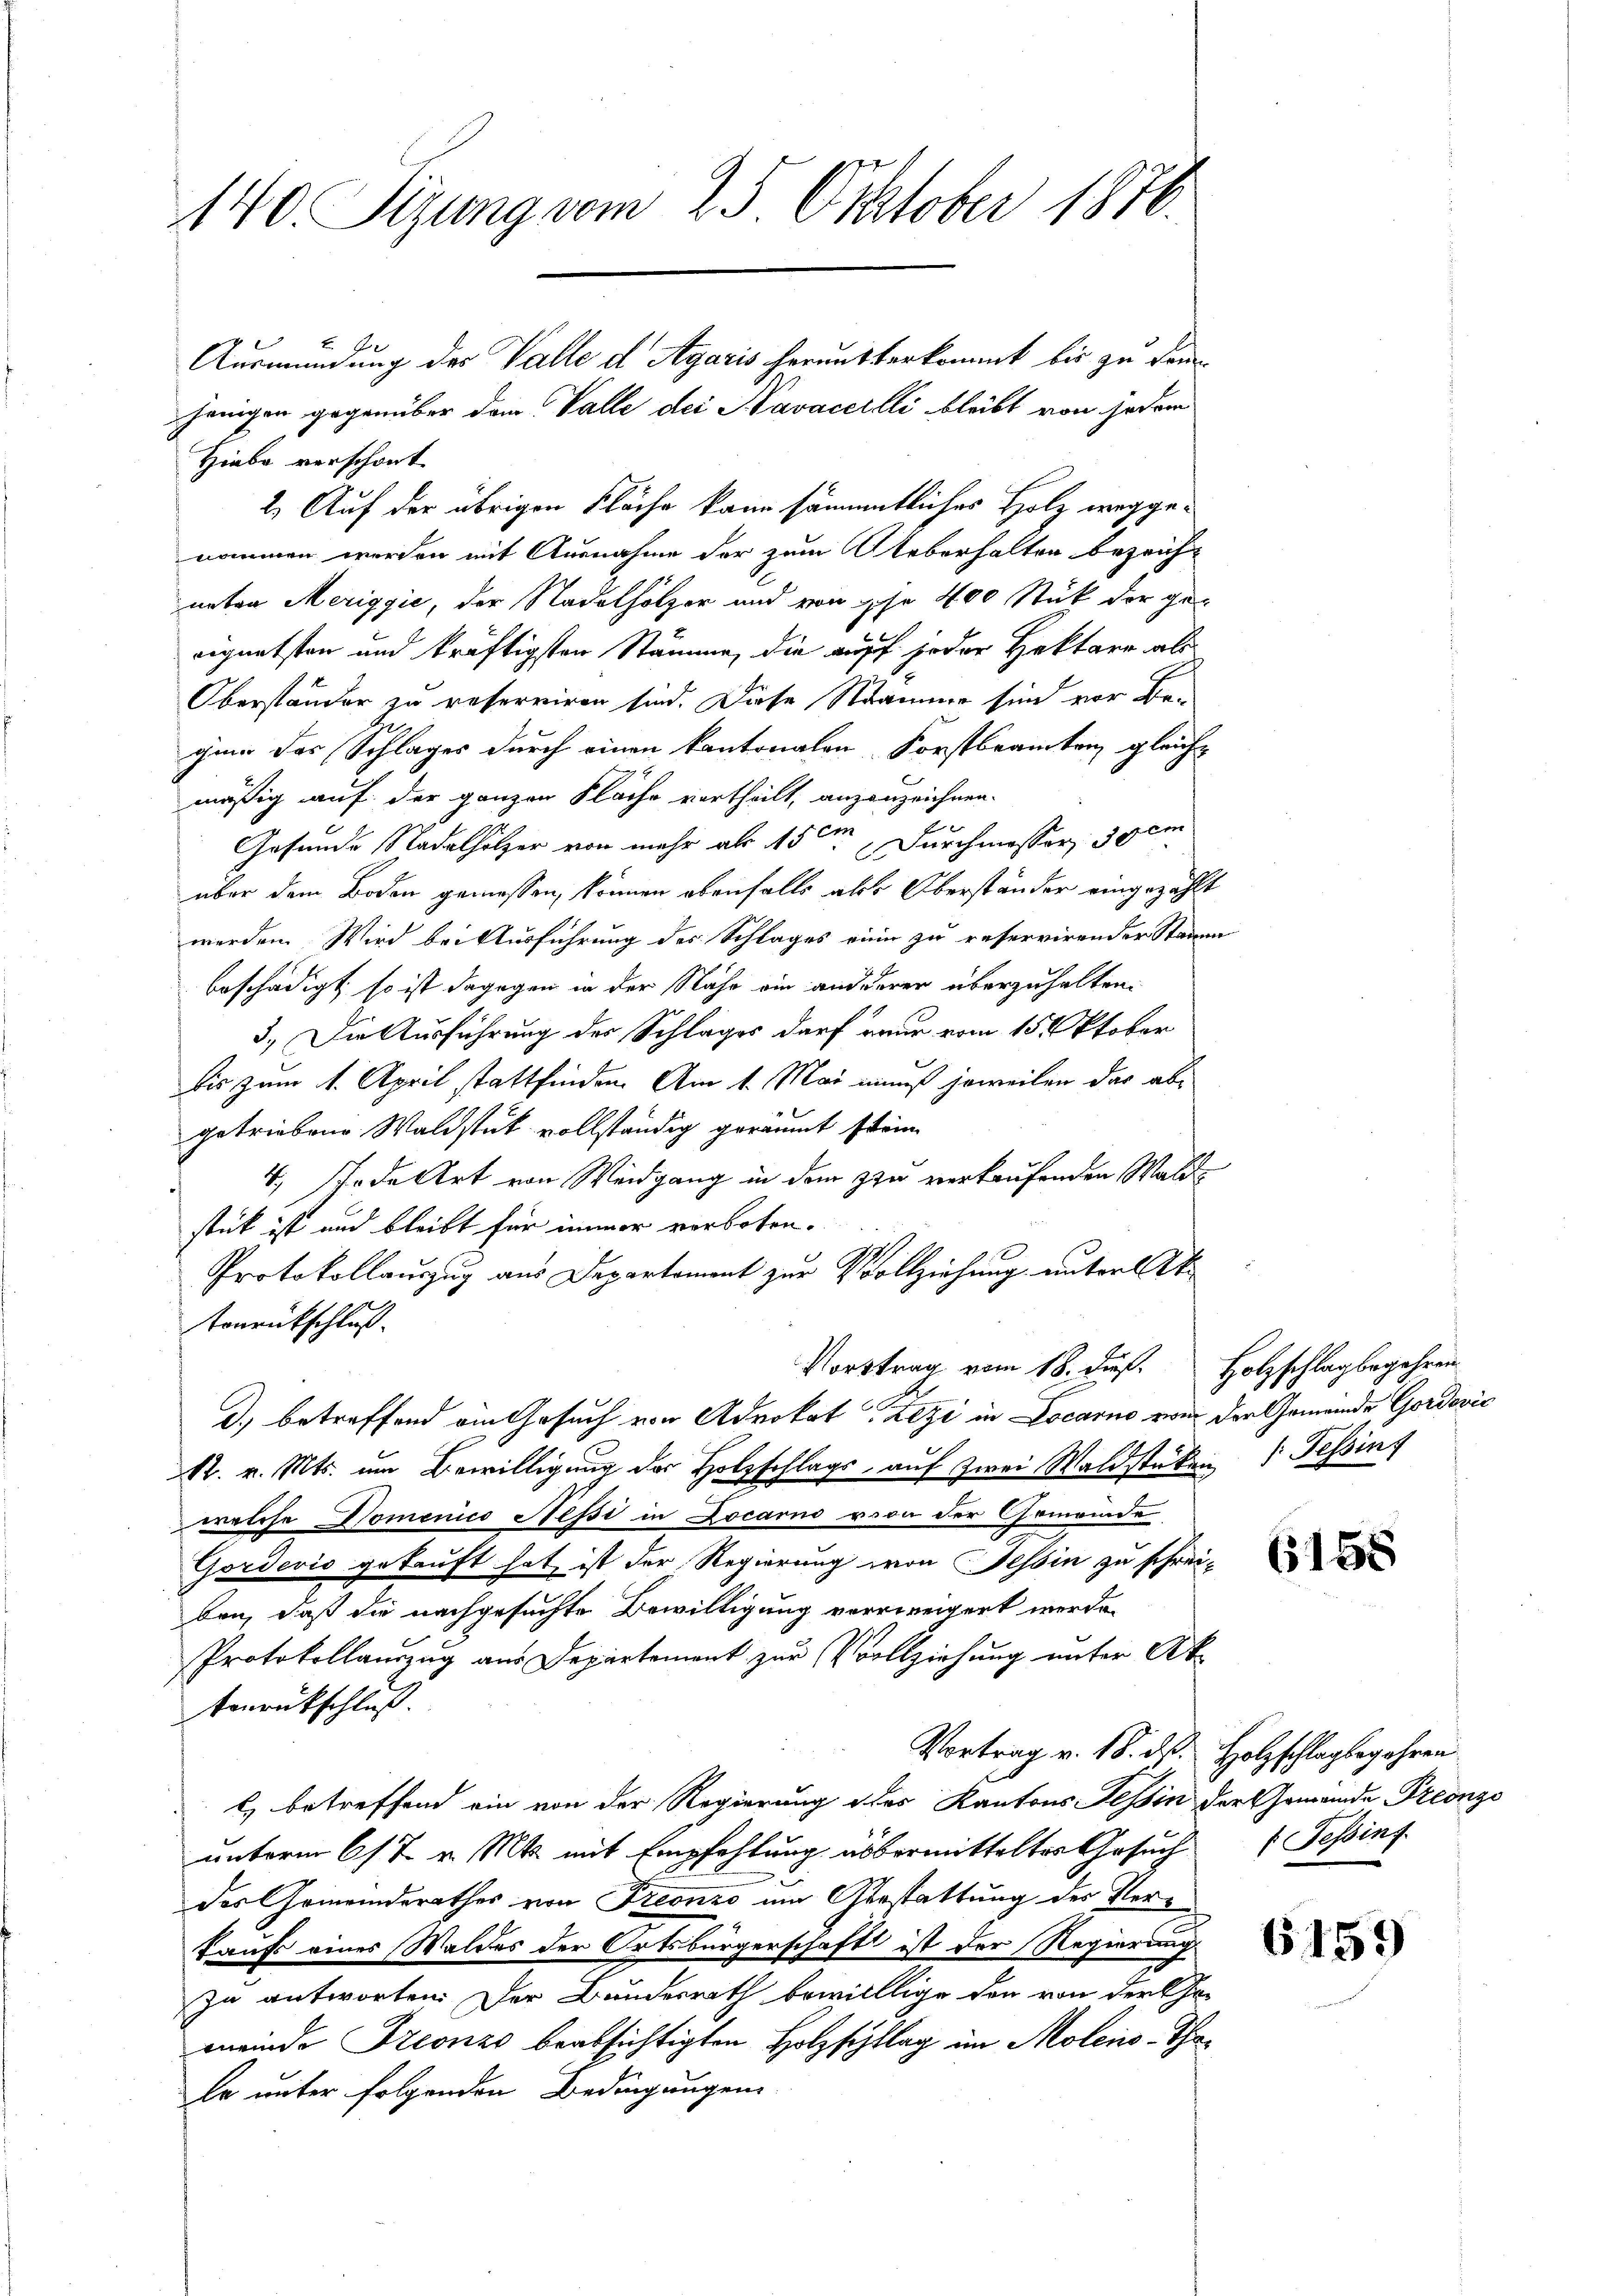
140. Sizung vom 25. Oktober 1876.

A
jenigen gegenüber dem Valle dei Navaceilli bleibt von jedem
Hiebe verschont
2.) Auf der übrigen Fläche kann sämmtliches Holz weggenommen werden mit Ausnahme der zum Ueberhalten bezeich-
unten Meriggić, der Stadelhölzer und von ihr 400 Stück der ge-
eignetsten und kräftigsten Stämmen, die auff jeder Hektore als
Oberständer zu reserviren sind. Diese Namen sind vor Beging des Schlages durch einen kantonalen Forstbeamten gleichmäßig auf der ganzen Fläche vortheilt, anzanzeichnen.
Gesunde Nadelholzer von mehr als 15m Durchmesser, 30 cm
über dem Boden gemessen, können ebenfalls also Oberständer eingezählt
werden. Wird bei Ausführung des Schlages einer zu reservirender Stammen
beschädigt, so ist dagegen in der Nähe ein anderer überzuhalten.
3.) Die Ausführung der Schlages darf neuer vom 15 Oktober
bis zum 1. April stattfinden. Am 1. Mai muß jeweilen das abgetriebene Waldstück vollständig geräumt sein.
4. Tode Art von Weidgang in dem zu verkaufenden Waldstück ist und bleibt für immer verboten.
Protokollauszug aus Departement zur Vollziehung unter let
tonrutschluß.
Vortrag vom 18. dieß. Holzschlag begehren
J. betreffend ein Gesuch von Advokat Zezi in Locarno von der Gemeinde Gordović
S. v. Mts. um Bewilligung der Holzschlags, auf zwei Waldstüken 1 Fessins
welche Domenico Nessi in Locarno von der Gemeinde
Gorderis gekauft hat, ist der Regierung von Tessin zu schreiben, daß die nachgesuchte Bewilligung verweigert werde.
Protokollauszug aus Departement zur Vollziehung unter Ak-
Benrückschluß.
Vortrag v. 18. ds. Holzschlagbegehren
Es betreffend ein von der Regierung des Kantons Tessin der Gemeinde Preonzo
unterm 6/7. v. Mts. mit Empfehlung übermittelter Gesuch
des Gemeindsrathes von Freonzo um Gerstattung des Verkaufs eines Waldes der Ortsbürgerschaft ist der Regierung.
zu antworten. Der Bundesrath bewilllige den von der Er-
meinde Szeonzo beabsichtigten Holzschlag im Moleiis-Tha¬
Er unter folgenden Bedingungen

Ausmündung des Valle d Agaris herausterkommt bis zu dem

6158

Tessint

6159